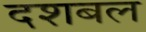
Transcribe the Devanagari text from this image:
दशबल